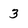
Character: 3